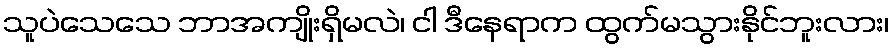
သူပဲသေသေ ဘာအကျိုးရှိမလဲ၊ ငါ ဒီနေရာက ထွက်မသွားနိုင်ဘူးလား၊